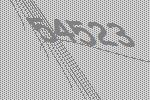
54523